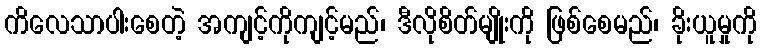
ကိလေသာပါးစေတဲ့ အကျင့်ကိုကျင့်မည်၊ ဒီလိုစိတ်မျိုးကို ဖြစ်စေမည်၊ ခိုးယူမှုကို